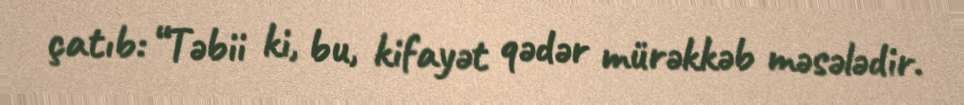
çatıb: “Təbii ki, bu, kifayət qədər mürəkkəb məsələdir.